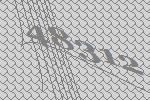
48312